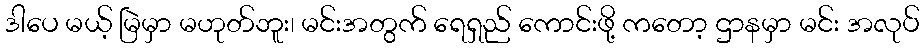
ဒါပေ မယ့် မြဲမှာ မဟုတ်ဘူး၊ မင်းအတွက် ရေရှည် ကောင်းဖို့ ကတော့ ဌာနမှာ မင်း အလုပ်